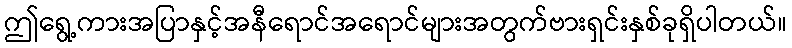
ဤရွေ့ကားအပြာနှင့်အနီရောင်အရောင်များအတွက်ဗားရှင်းနှစ်ခုရှိပါတယ်။